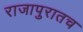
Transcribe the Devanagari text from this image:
राजापुरातच